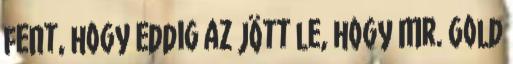
fent, hogy eddig az jött le, hogy Mr. Gold